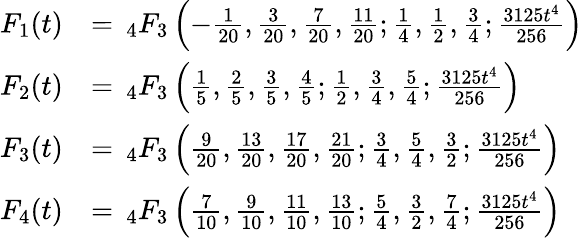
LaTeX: {\begin{array}{rl}{F_{1}(t)}&{=\, _{4}F_{3}\left(-{\frac{1}{20}},{\frac{3}{20}},{\frac{7}{20}},{\frac{11}{20}};{\frac{1}{4}},{\frac{1}{2}},{\frac{3}{4}};{\frac{3125t^{4}}{256}}\right)}\\ {F_{2}(t)}&{=\, _{4}F_{3}\left({\frac{1}{5}},{\frac{2}{5}},{\frac{3}{5}},{\frac{4}{5}};{\frac{1}{2}},{\frac{3}{4}},{\frac{5}{4}};{\frac{3125t^{4}}{256}}\right)}\\ {F_{3}(t)}&{=\, _{4}F_{3}\left({\frac{9}{20}},{\frac{13}{20}},{\frac{17}{20}},{\frac{21}{20}};{\frac{3}{4}},{\frac{5}{4}},{\frac{3}{2}};{\frac{3125t^{4}}{256}}\right)}\\ {F_{4}(t)}&{=\, _{4}F_{3}\left({\frac{7}{10}},{\frac{9}{10}},{\frac{11}{10}},{\frac{13}{10}};{\frac{5}{4}},{\frac{3}{2}},{\frac{7}{4}};{\frac{3125t^{4}}{256}}\right)}\end{array}}